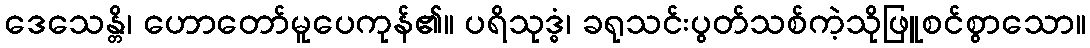
ဒေသေန္တိ၊ ဟောတော်မူပေကုန်၏။ ပရိသုဒ္ဓံ၊ ခရုသင်းပွတ်သစ်ကဲ့သိုဖြူစင်စွာသော။